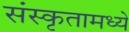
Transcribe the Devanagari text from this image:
संस्कृतामध्ये